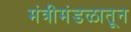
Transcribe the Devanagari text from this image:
मंत्रीमंडळातून